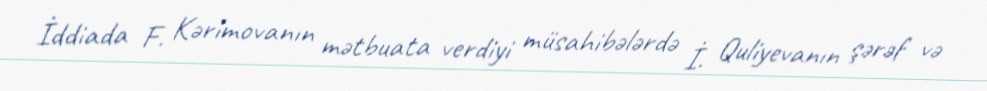
İddiada F. Kərimovanın mətbuata verdiyi müsahibələrdə İ. Quliyevanın şərəf və